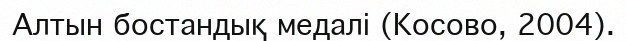
Алтын бостандық медалі (Косово, 2004).